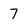
Character: 7